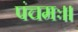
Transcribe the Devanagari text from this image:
पंचमः।।